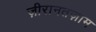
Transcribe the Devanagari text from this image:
ज़ीरानतज़ाम